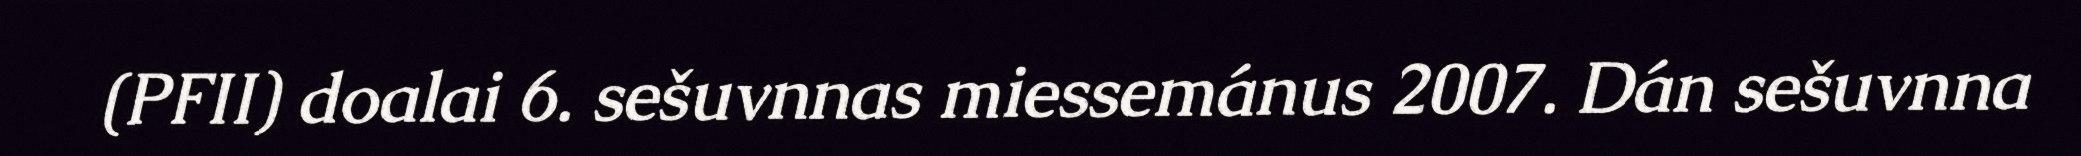
(PFII) doalai 6. sešuvnnas miessemánus 2007. Dán sešuvnna